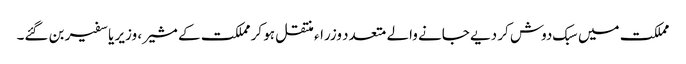
مملکت میں سبک دوش کر دیے جانے والے متعدد وزراء منتقل ہو کر مملکت کے مشیر ، وزیر یا سفیر بن گئے۔